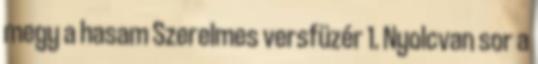
megy a hasam Szerelmes versfüzér 1. Nyolcvan sor a